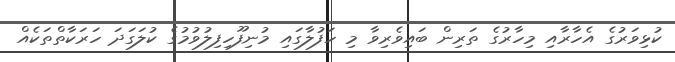
ކުޅިވަރުގެ އެހާރާއި މިހާރުގެ ތަރިން ބައިވެރިވާ މި ހަފުލާގައި މުނިފޫހިފިލުވުމުގެ ކުލަގަދަ ހަރަކާތްތަކެއް